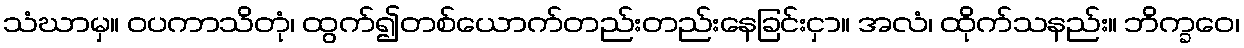
သံဃာမှ။ ဝပကာသိတုံ၊ ထွက်၍တစ်ယောက်တည်းတည်းနေခြင်းငှာ။ အလံ၊ ထိုက်သနည်း။ ဘိက္ခဝေ၊